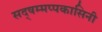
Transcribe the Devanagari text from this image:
सद्षम्मप्पकासिनी